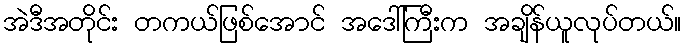
အဲဒီအတိုင်း တကယ်ဖြစ်အောင် အဒေါ်ကြီးက အချိန်ယူလုပ်တယ်။